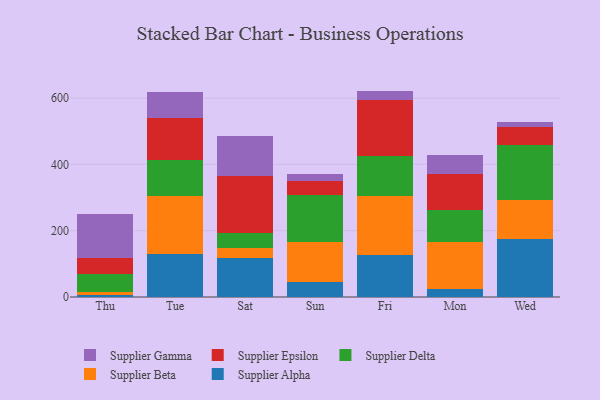
{"axis": {"x": "Day", "y": "Humidity (%)"}, "legend": ["Supplier Alpha", "Supplier Beta", "Supplier Delta", "Supplier Epsilon", "Supplier Gamma"], "data": [{"x": "Thu", "y": 5.8, "type": "Supplier Alpha"}, {"x": "Thu", "y": 10.5, "type": "Supplier Beta"}, {"x": "Thu", "y": 51.8, "type": "Supplier Delta"}, {"x": "Thu", "y": 48.6, "type": "Supplier Epsilon"}, {"x": "Thu", "y": 134.5, "type": "Supplier Gamma"}, {"x": "Tue", "y": 129.6, "type": "Supplier Alpha"}, {"x": "Tue", "y": 175.9, "type": "Supplier Beta"}, {"x": "Tue", "y": 106.9, "type": "Supplier Delta"}, {"x": "Tue", "y": 129.0, "type": "Supplier Epsilon"}, {"x": "Tue", "y": 76.0, "type": "Supplier Gamma"}, {"x": "Sat", "y": 116.7, "type": "Supplier Alpha"}, {"x": "Sat", "y": 30.2, "type": "Supplier Beta"}, {"x": "Sat", "y": 47.5, "type": "Supplier Delta"}, {"x": "Sat", "y": 170.6, "type": "Supplier Epsilon"}, {"x": "Sat", "y": 119.6, "type": "Supplier Gamma"}, {"x": "Sun", "y": 44.4, "type": "Supplier Alpha"}, {"x": "Sun", "y": 121.6, "type": "Supplier Beta"}, {"x": "Sun", "y": 140.4, "type": "Supplier Delta"}, {"x": "Sun", "y": 44.9, "type": "Supplier Epsilon"}, {"x": "Sun", "y": 19.2, "type": "Supplier Gamma"}, {"x": "Fri", "y": 126.3, "type": "Supplier Alpha"}, {"x": "Fri", "y": 179.8, "type": "Supplier Beta"}, {"x": "Fri", "y": 119.9, "type": "Supplier Delta"}, {"x": "Fri", "y": 169.5, "type": "Supplier Epsilon"}, {"x": "Fri", "y": 26.4, "type": "Supplier Gamma"}, {"x": "Mon", "y": 24.3, "type": "Supplier Alpha"}, {"x": "Mon", "y": 142.1, "type": "Supplier Beta"}, {"x": "Mon", "y": 96.9, "type": "Supplier Delta"}, {"x": "Mon", "y": 108.4, "type": "Supplier Epsilon"}, {"x": "Mon", "y": 56.8, "type": "Supplier Gamma"}, {"x": "Wed", "y": 174.1, "type": "Supplier Alpha"}, {"x": "Wed", "y": 117.6, "type": "Supplier Beta"}, {"x": "Wed", "y": 167.8, "type": "Supplier Delta"}, {"x": "Wed", "y": 52.3, "type": "Supplier Epsilon"}, {"x": "Wed", "y": 15.4, "type": "Supplier Gamma"}]}